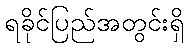
ရခိုင်ပြည်အတွင်းရှိ